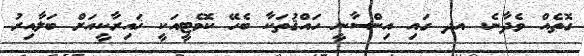
ގޮތެއް ވެދާނެ. އދ ގައި އިންސާނީ ހައްޤުތަކާ ބެހޭ ކޮމެޓީއަކީ ޚައިރާކީއަށް ބަލާއިރު